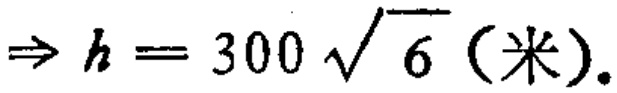
$\Rightarrow h = 300\sqrt{6}（米）.$